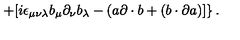
\left. + [ i \epsilon _ { \mu \nu \lambda } b _ { \mu } \partial _ { \nu } b _ { \lambda } - ( a \partial \cdot b + ( b \cdot \partial a ) ] \right\} .